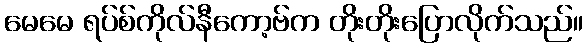
မေမေ ရပ်စ်ကိုလ်နီကော့ဗ်က တိုးတိုးပြောလိုက်သည်။